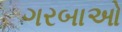
ગરબાઓ